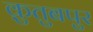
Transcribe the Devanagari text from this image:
क़ुतुबपुर